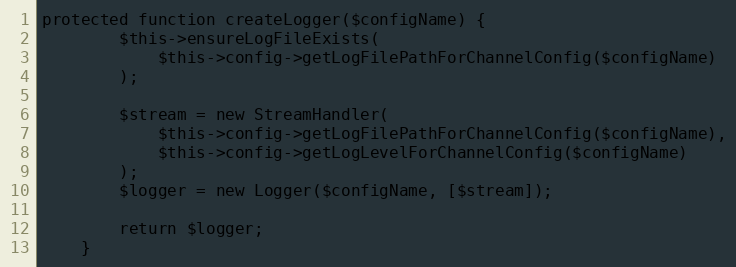
Language: PHP
protected function createLogger($configName) {
        $this->ensureLogFileExists(
            $this->config->getLogFilePathForChannelConfig($configName)
        );

        $stream = new StreamHandler(
            $this->config->getLogFilePathForChannelConfig($configName),
            $this->config->getLogLevelForChannelConfig($configName)
        );
        $logger = new Logger($configName, [$stream]);

        return $logger;
    }